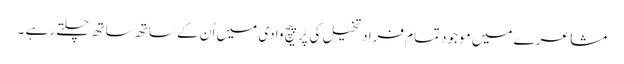
مشاعرے میں موجود تمام فراد تخیل کی پُرپیچ وادی میں اُ ن کے ساتھ ساتھ چلتے رہے ۔